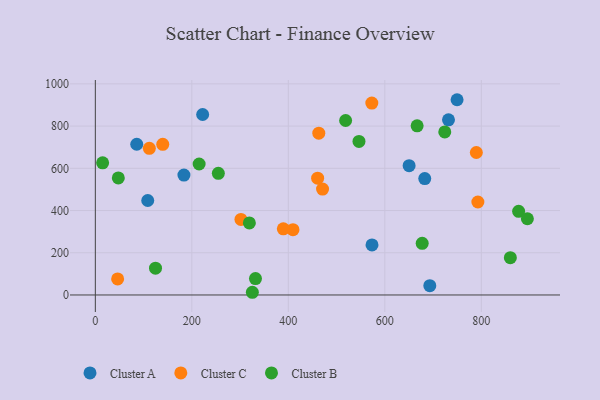
{"axis": {"x": "Investment", "y": "Sales"}, "legend": ["Cluster A", "Cluster B", "Cluster C"], "data": [{"x": "693.2", "y": 44.1, "type": "Cluster A"}, {"x": "749.7", "y": 924.9, "type": "Cluster A"}, {"x": "222.4", "y": 855.0, "type": "Cluster A"}, {"x": "650.3", "y": 612.4, "type": "Cluster A"}, {"x": "85.8", "y": 714.1, "type": "Cluster A"}, {"x": "183.6", "y": 568.2, "type": "Cluster A"}, {"x": "108.6", "y": 447.6, "type": "Cluster A"}, {"x": "573.4", "y": 237.3, "type": "Cluster A"}, {"x": "731.9", "y": 829.8, "type": "Cluster A"}, {"x": "682.7", "y": 551.4, "type": "Cluster A"}, {"x": "789.6", "y": 674.9, "type": "Cluster C"}, {"x": "792.8", "y": 440.5, "type": "Cluster C"}, {"x": "573.0", "y": 909.0, "type": "Cluster C"}, {"x": "463.1", "y": 766.5, "type": "Cluster C"}, {"x": "409.6", "y": 309.5, "type": "Cluster C"}, {"x": "460.7", "y": 553.3, "type": "Cluster C"}, {"x": "470.9", "y": 501.8, "type": "Cluster C"}, {"x": "46.2", "y": 75.9, "type": "Cluster C"}, {"x": "389.6", "y": 313.2, "type": "Cluster C"}, {"x": "139.7", "y": 713.7, "type": "Cluster C"}, {"x": "301.8", "y": 357.8, "type": "Cluster C"}, {"x": "111.9", "y": 694.6, "type": "Cluster C"}, {"x": "860.1", "y": 176.5, "type": "Cluster B"}, {"x": "518.7", "y": 826.6, "type": "Cluster B"}, {"x": "15.1", "y": 625.8, "type": "Cluster B"}, {"x": "325.4", "y": 12.8, "type": "Cluster B"}, {"x": "47.6", "y": 554.7, "type": "Cluster B"}, {"x": "877.3", "y": 396.3, "type": "Cluster B"}, {"x": "724.2", "y": 772.6, "type": "Cluster B"}, {"x": "331.9", "y": 77.9, "type": "Cluster B"}, {"x": "895.4", "y": 361.0, "type": "Cluster B"}, {"x": "546.4", "y": 727.3, "type": "Cluster B"}, {"x": "677.4", "y": 244.8, "type": "Cluster B"}, {"x": "215.1", "y": 620.5, "type": "Cluster B"}, {"x": "254.9", "y": 576.4, "type": "Cluster B"}, {"x": "319.2", "y": 341.2, "type": "Cluster B"}, {"x": "124.7", "y": 126.9, "type": "Cluster B"}, {"x": "666.9", "y": 801.3, "type": "Cluster B"}]}